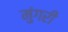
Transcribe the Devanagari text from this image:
मुंगरी